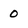
Character: 0